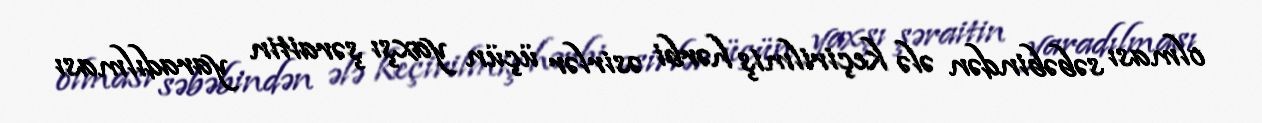
olması səbəbindən ələ keçirilmiş hərbi əsirlər üçün yaxşı şəraitin yaradılması